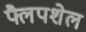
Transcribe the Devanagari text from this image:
फ्लैपशेल